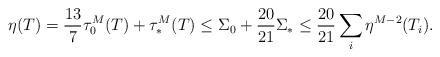
LaTeX: \begin{align*}\eta(T) = \frac{13}{7}\tau_0^M(T) + \tau_*^M(T) \le \Sigma_0 + \frac{20}{21}\Sigma_* \le \frac{20}{21}\sum_i \eta^{M-2}(T_i).\end{align*}